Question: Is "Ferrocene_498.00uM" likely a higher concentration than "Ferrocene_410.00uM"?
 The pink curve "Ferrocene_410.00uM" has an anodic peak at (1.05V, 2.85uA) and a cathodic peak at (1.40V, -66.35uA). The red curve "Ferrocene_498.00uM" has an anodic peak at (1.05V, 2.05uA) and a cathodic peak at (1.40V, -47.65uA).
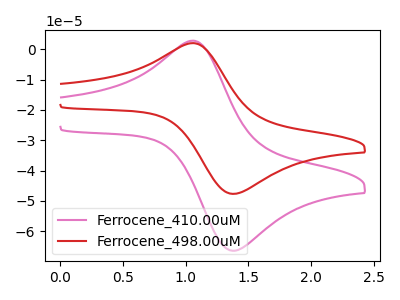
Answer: <think>All the peaks in "Ferrocene_498.00uM" have a peak in "Ferrocene_410.00uM" at the same potential. Every peak in "Ferrocene_498.00uM" is lower than every peak in "Ferrocene_410.00uM".
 </think>
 <answer>"Ferrocene_498.00uM" has less signal than "Ferrocene_410.00uM".</answer>
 <eval>less_signal</eval>